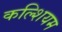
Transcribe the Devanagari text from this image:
कल्शियम